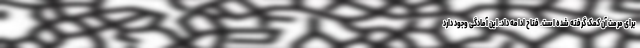
برای مرمت آن کمک گرفته شده است. فتاح ادامه داد: این آمادگی وجود دارد